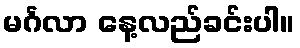
မင်္ဂလာ နေ့လည်ခင်းပါ။